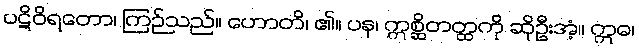
ပဋိဝိရတော၊ ကြဉ်သည်။ ဟောတိ၊ ၏။ ပန၊ ဣစ္ဆိတတ္ထကို ဆိုဦးအံ့။ ဣဓ၊